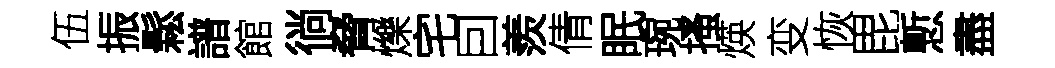
伍振鬆譜館徜脅爍宅囙羨倩眠琬搔煐变恢毘慙盡